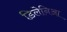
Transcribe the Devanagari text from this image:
डिलेनिआ